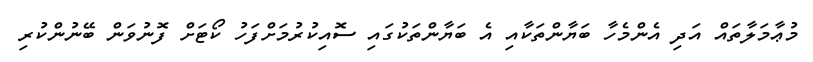
މުޢާމަލާތައް އަދި އެންމެހާ ބަޔާންތަކާއި އެ ބަޔާންތަކުގައި ސޮއިކުރުމަށްފަހު ކޯޓަށް ފޮނުވަން ބޭނުންކުރި